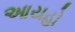
આયહો